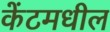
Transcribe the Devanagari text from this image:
केंटमधील